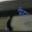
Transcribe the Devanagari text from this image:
प्रीटा